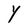
Character: Y